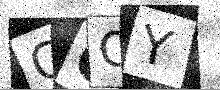
Text: GGQY